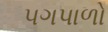
પગપાળો